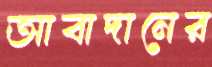
আবাদানের